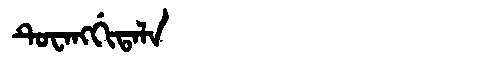
Manchu: ᡨᡠᠸᠠᠩᡤᡳᡨᠠᠯᠠ
Romanization: TUWANGGITALA